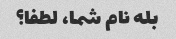
بله نام شما، لطفا؟